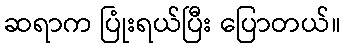
ဆရာက ပြုံးရယ်ပြီး ပြောတယ်။